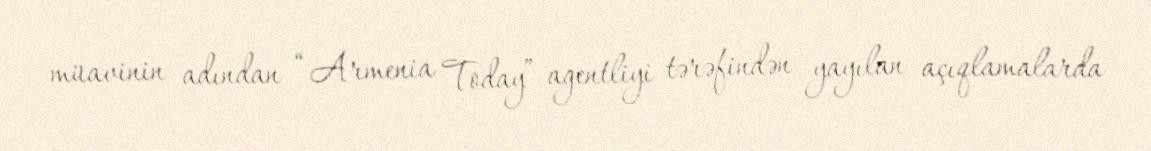
müavinin adından “Armenia Today” agentliyi tərəfindən yayılan açıqlamalarda